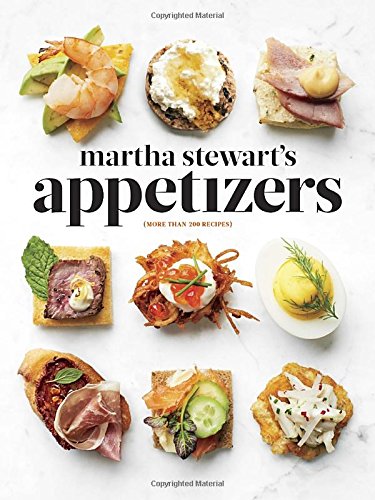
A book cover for Martha Stewart's Appetizers: 200 Recipes for Dips, Spreads, Snacks, Small Plates, and Other Delicious Hors d'Oeuvres, Plus 30 Cocktails; Martha Stewart; Cookbooks, Food & Wine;